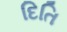
દિતિ